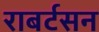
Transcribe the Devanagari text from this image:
राबर्टसन